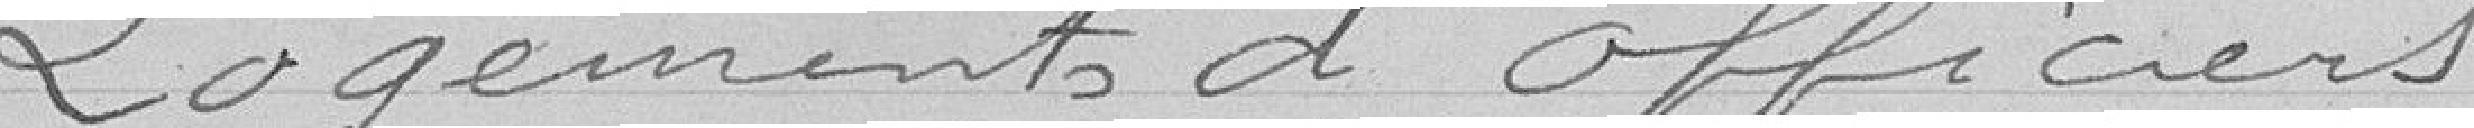
Logements d'officiers